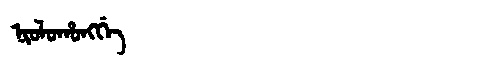
Manchu: ᠨᡳᠣᠯᠣᡥᠣᠩᡤᡝ
Romanization: NIOLOHONGGE